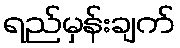
ရည်မှန်းချက်